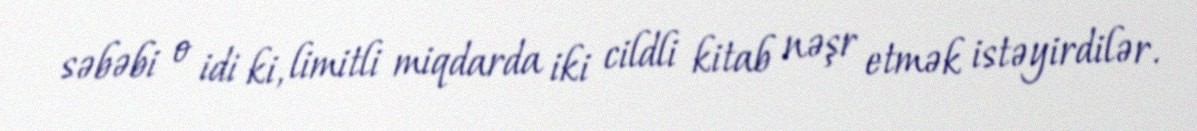
səbəbi o idi ki, limitli miqdarda iki cildli kitab nəşr etmək istəyirdilər.